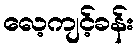
လေ့ကျင့်ခန်း